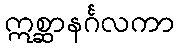
ဣစ္ဆာနင်္ဂလကာ